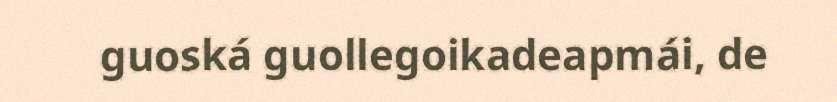
guoská guollegoikadeapmái, de